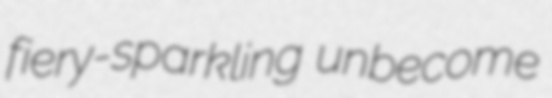
fiery-sparkling unbecome